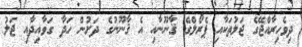
ދިވެހިރާއްޖޭގެ ޖަލުތަކާއި ޕެރޯލްގެ ޤާނޫނާއި އެ ޤާނޫނުގެ ދަށުން ހަދާ ގަވާއިދާއި ޖަލު